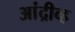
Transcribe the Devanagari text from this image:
आंद्रीव्ह